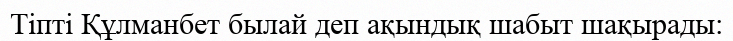
Тіпті Құлманбет былай деп ақындық шабыт шақырады: